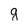
Character: q